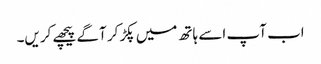
اب آپ اسے ہاتھ میں پکڑ کر آگے پیچھے کریں۔